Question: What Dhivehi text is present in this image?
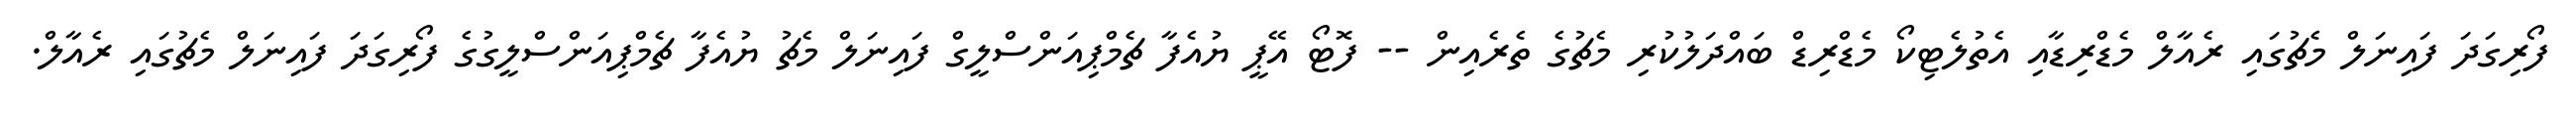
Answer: ފޯރިގަދަ ފައިނަލް މެޗުގައި ރެއާލް މެޑްރިޑާއި އެތުލެޓިކޯ މެޑްރިޑް ބައްދަލުކުރި މެޗުގެ ތެރެއިން -- ފޮޓޯ އޭޕީ ޔުއެފާ ޗެމްޕިއަންސްލީގް ފައިނަލް މެޗު ޔުއެފާ ޗެމްޕިއަންސްލީގުގެ ފޯރިގަދަ ފައިނަލް މެޗުގައި ރެއާލް.